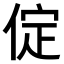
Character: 𠉵